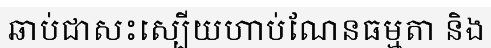
ឆាប់ជាសះស្បើយហាប់ណែនធម្មតា និង